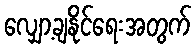
လျှော့ချနိုင်ရေးအတွက်